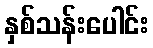
နှစ်သန်းပေါင်း